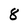
Character: 8